Report of the Bombay Plague Committee
Disease focus: Plague
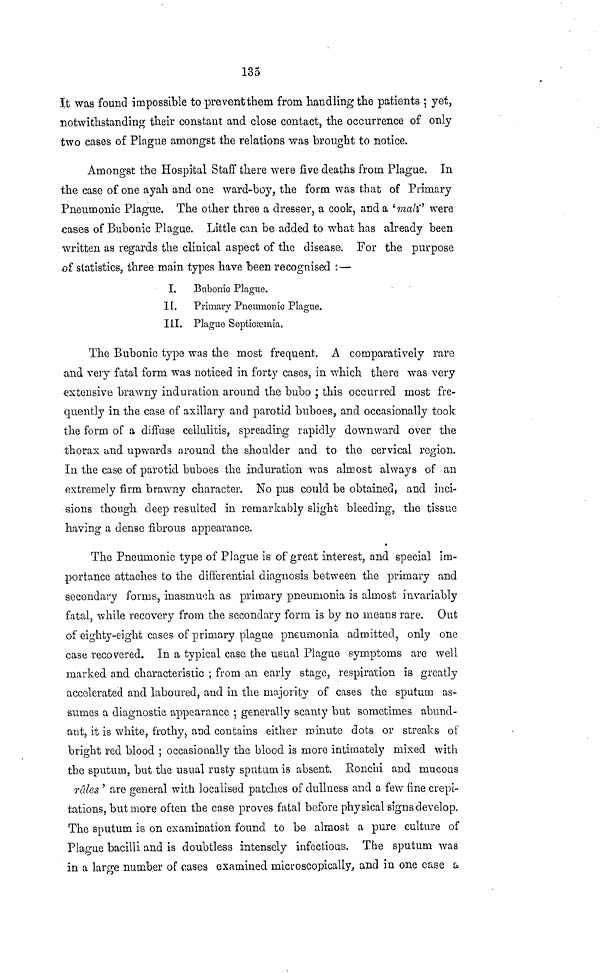
135
It was found impossible to prevent them from handling the patients ; yet,
notwithstanding their constant and close contact, the occurrence of only
two cases of Plague amongst the relations was brought to notice.
Amongst the Hospital Staff there were five deaths from Plague. In
the case of one ayah and one ward-boy, the form was that of Primary
Pneumonic Plague. The other three a dresser, a cook, and a 'mall' were
cases of Bubonic Plague. Little can be added to what has already been
written as regards the clinical aspect of the disease. For the purpose
of statistics, three main types have been recognised :—
I.
Bubonic Plague.
II. Primary Pneumonic Plague.
III. Plague Septicaemia.
The Bubonic type was the most frequent. A comparatively rare
and very fatal form was noticed in forty cases, in which there was very
extensive brawny induration around the bubo ; this occurred most fre-
quently in the case of axillary and parotid buboes, and occasionally took
the form of a diffuse cellulitis, spreading rapidly downward over the
thorax and upwards around the shoulder and to the cervical region.
In the case of parotid buboes the induration was almost always of an
extremely firm brawny character. No pus could be obtained, and inci-
sions though deep resulted in remarkably slight bleeding, the tissue
having a dense fibrous appearance.
The Pneumonic type of Plague is of great interest, and special im-
portance attaches to the differential diagnosis between the primary and
secondary forms, inasmuch, as primary pneumonia is almost invariably
fatal, while recovery from the secondary form is by no means rare. Out
of eighty-eight cases of primary plague pneumonia admitted, only one
case recovered. In a typical case the usual Plague symptoms are well
marked and characteristic ; from an early stage, respiration is greatly
accelerated and laboured, and in the majority of cases the sputum as-
sumes a diagnostic appearance ; generally scanty but sometimes abund-
ant, it is white, frothy, and contains either minute dots or streaks of
bright red blood ; occasionally the blood is more intimately mixed with
the sputum, but the usual rusty sputum is absent. Ronchi and mucous
rûles ' are general with localised patches of dullness and a few fine crepi-
tations, but more often the case proves fatal before physical signs develop.
The sputum is on examination found to be almost a pure culture of
Plague bacilli and is doubtless intensely infectious. The sputum was
in a large number of cases examined microscopically, and in one case a